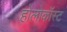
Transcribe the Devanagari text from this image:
होलोकॉस्‍ट